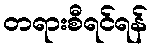
တရားစီရင်ရန်